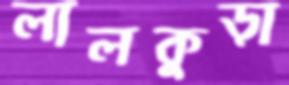
লালকুড়া